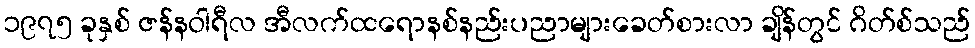
၁၉၇၅ ခုနှစ် ဇန်နဝါရီလ အီလက်ထရောနစ်နည်းပညာများခေတ်စားလာ ချိန်တွင် ဂိတ်စ်သည်